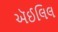
ઍઈલિલ